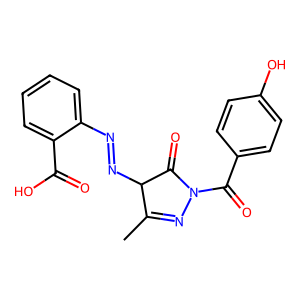
SMILES: CC1=NN(C(=O)c2ccc(O)cc2)C(=O)C1N=Nc1ccccc1C(=O)O
Inhibits HIV replication: No